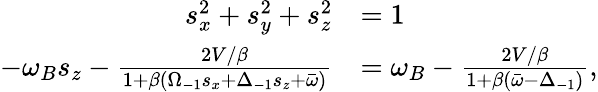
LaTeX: \begin{array}{rl}{s_{x}^{2}+s_{y}^{2}+s_{z}^{2}}&{=1}\\ {-\omega_{B}s_{z}-\frac{2V/\beta}{1+\beta(\Omega_{-1}s_{x}+\Delta_{-1}s_{z}+\bar{\omega})}}&{=\omega_{B}-\frac{2V/\beta}{1+\beta(\bar{\omega}-\Delta_{-1})},}\end{array}